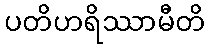
ပတိဟရိဿာမီတိ